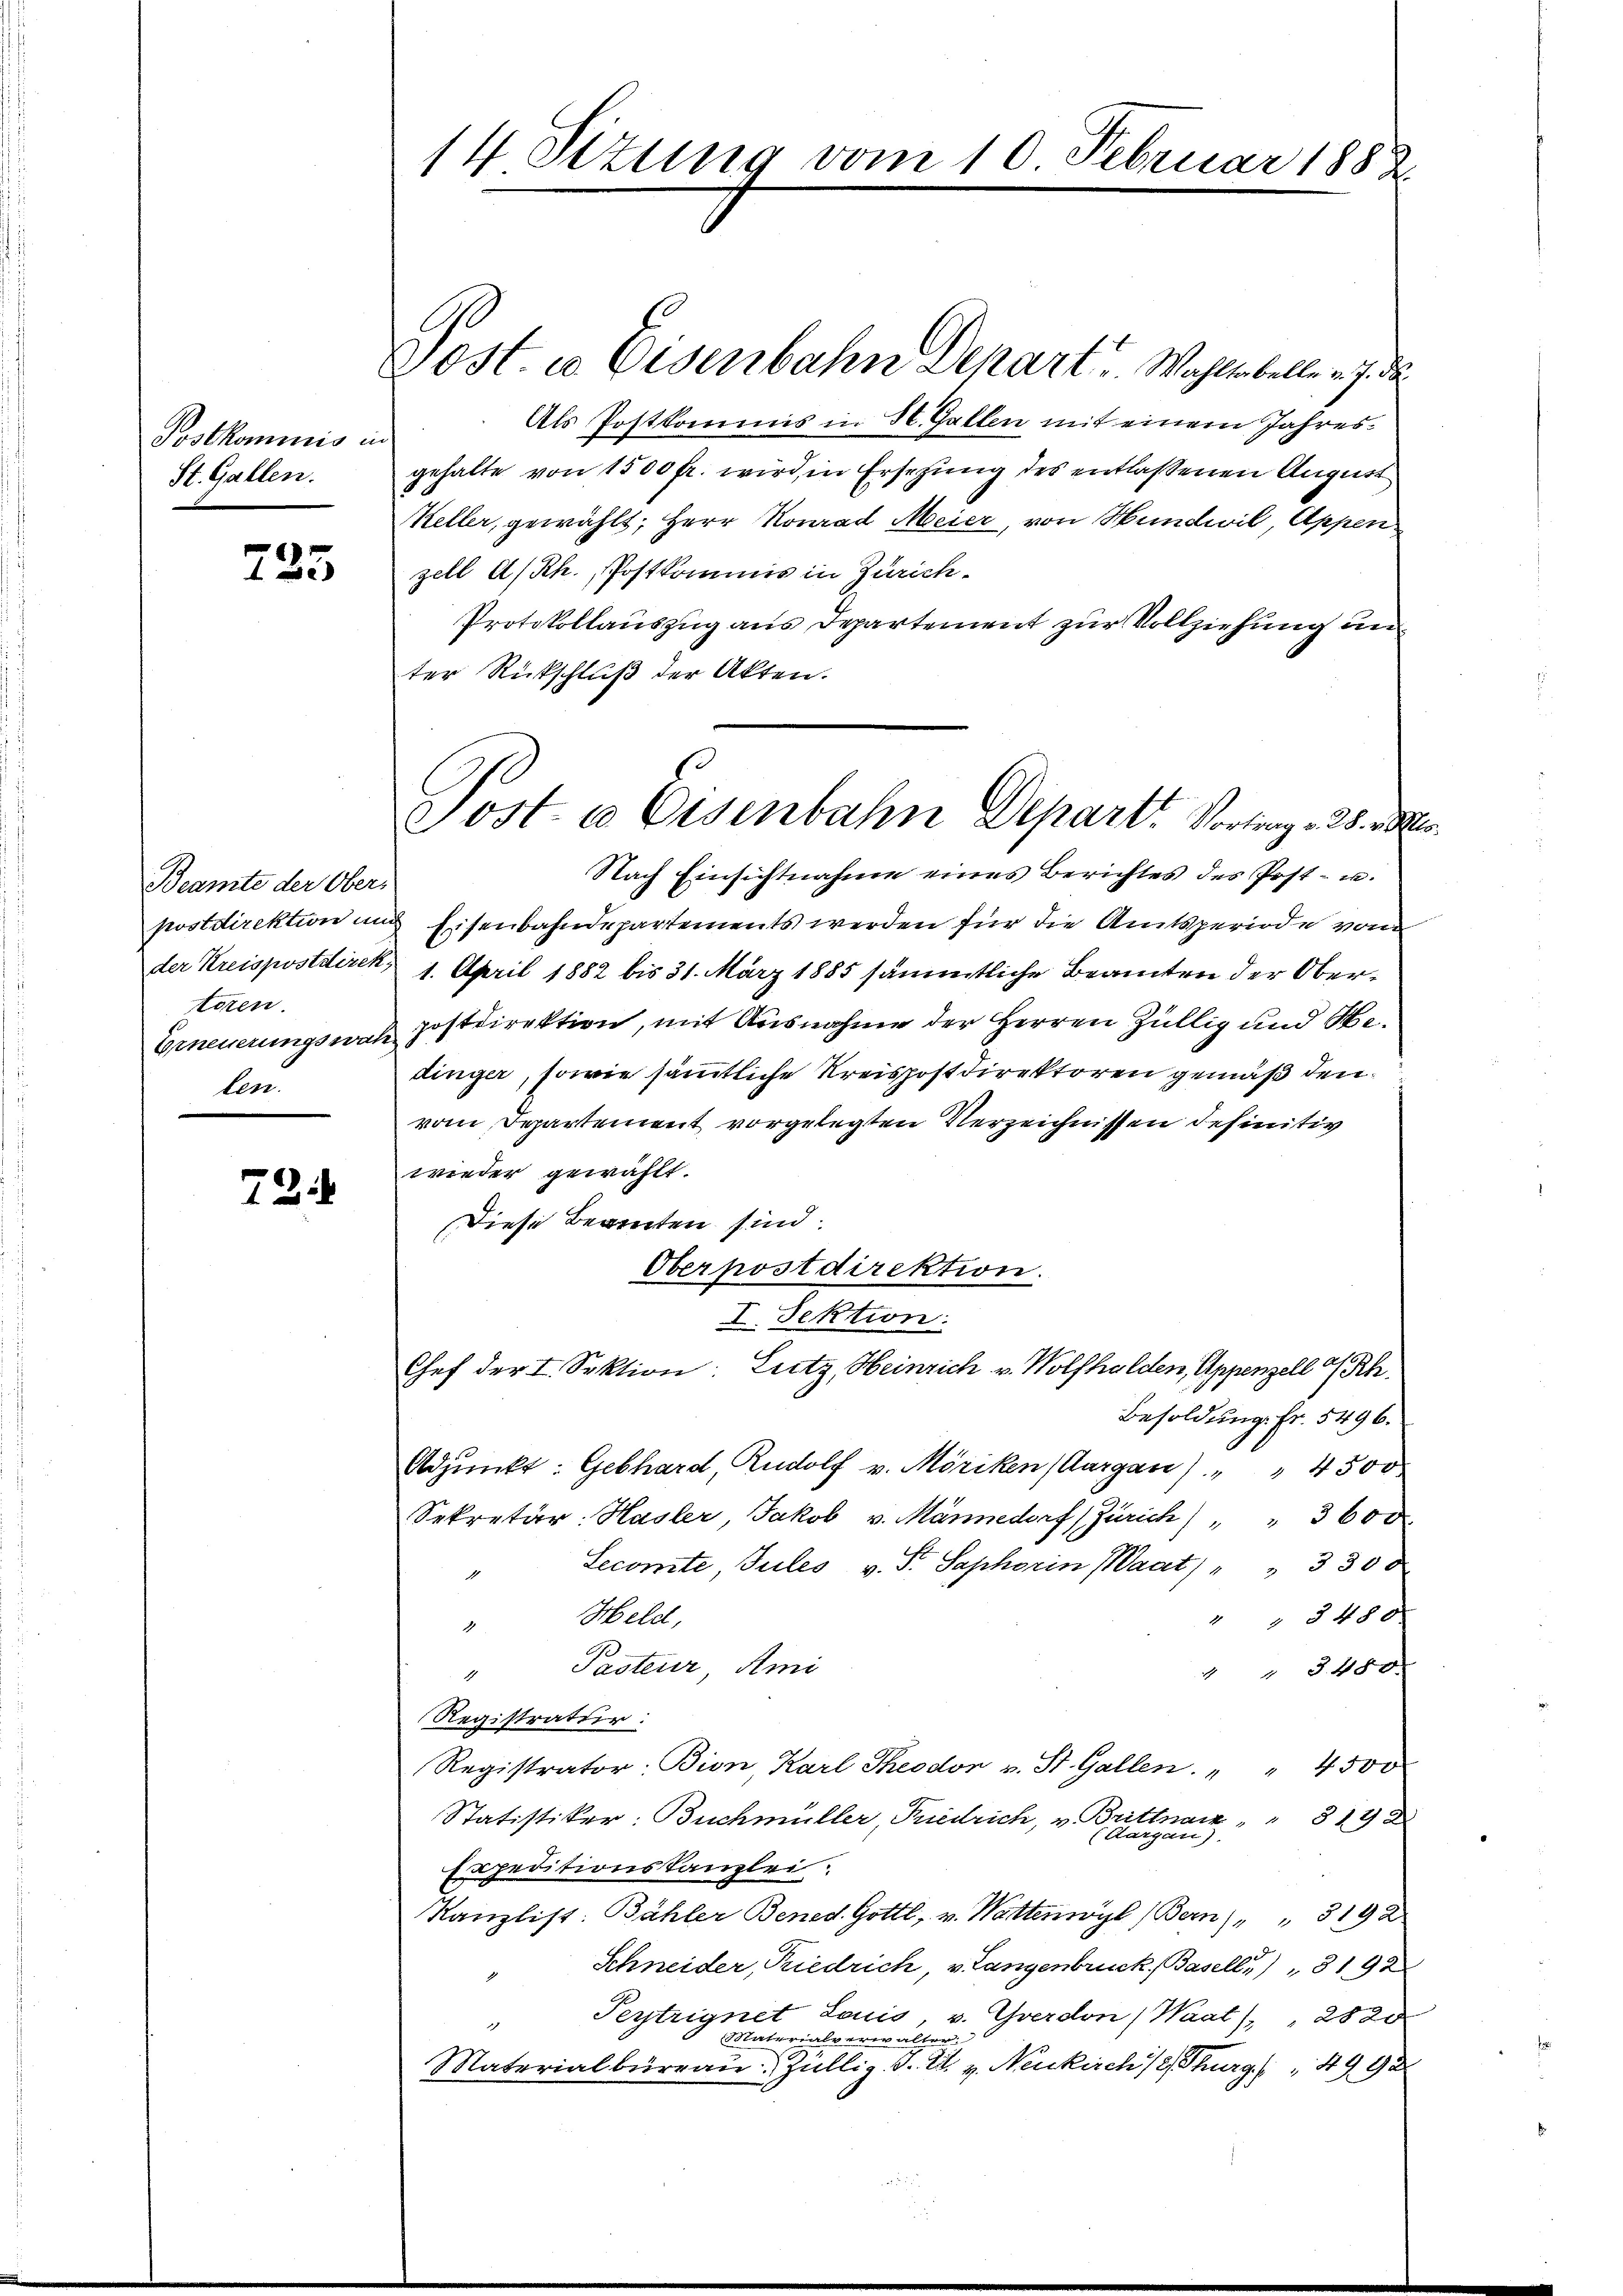
Postkommis in
St. Gallen.

725

Beamte der Ober-
der Kreispostdirek
teren.
Erneuerungswah
len

72

14 Sitzung vom

Post. in Eisenbahn Depart u. Wahltobelle v. J. de
Als Postkommis in St. Gallen mit einem Jahresgehalte von 1500 fr. wird, in Ersezung des entlassenen August
Keller, gewählt, Herr Konrad Meier, von Hundwil, Appen
zell A/Rh., Postkommis in Zürich¬
Protokollauszug aus Departement zur Vollziehung un
ter Rückschluß der Akten.
Nach Einsichtnahme eines Berichtes des Post- u.
postdirektion und Eisenbahndepartements werden für die Amtsperiode von
1. April 1882 bis 31. März 1885 sämmtliche Beamten der Ober¬
u postdirektion, mit Ausnahme der Herren Züllig und Bedinger, sowie sämmtliche Kreispostdirektoren gemäß den
vom Departement vorgelegten Verzeichnissen definitiv
wieder gewählt.
Diese Beamten sind.
Oberpostdirektion.
I. Sektion:
Chef der I. Sektion: Lutz, Heinrich v. Wolfhalden, Appenzell A/Rh.
Besoldung. Fr. 5496.
Adjunkt: Gebhard, Rudolf v. Möriken (Aargau) " " 4500
Sekretär. Hasler, Jakob v. Männedorf (Zürich) " 3600.
Secomite, Jules v. Fr. Saphorin Waat) " " 3300
4
4 § 3480
Held,
4
" Pasteur, Ami
 " 480.
Registratur:
Registrator: Bion Karl Theodor v. St. Gallen. " " 4500
Statistiker: Buchmüller, Priedrich, v. Brittnaiz " " 314
(Aargau)
Expeditionskanzlei.
Kanzlist: Bähler Bened. Gottl, v. Wattenwyl (Bern) " " 319 2
Schneider, Riedrich, v. Langenbruck, Basell) " 8192
Peytrignet Louis, v. Yverdon (Waat), 28 20
1
Materialverwalter
Materialbüraŭ Züllig. T. A. v. Neukirch/2, Thurg (4992

Post es Eisenbahn Depart. Vortrag 22.

10. Februar 1888.

2